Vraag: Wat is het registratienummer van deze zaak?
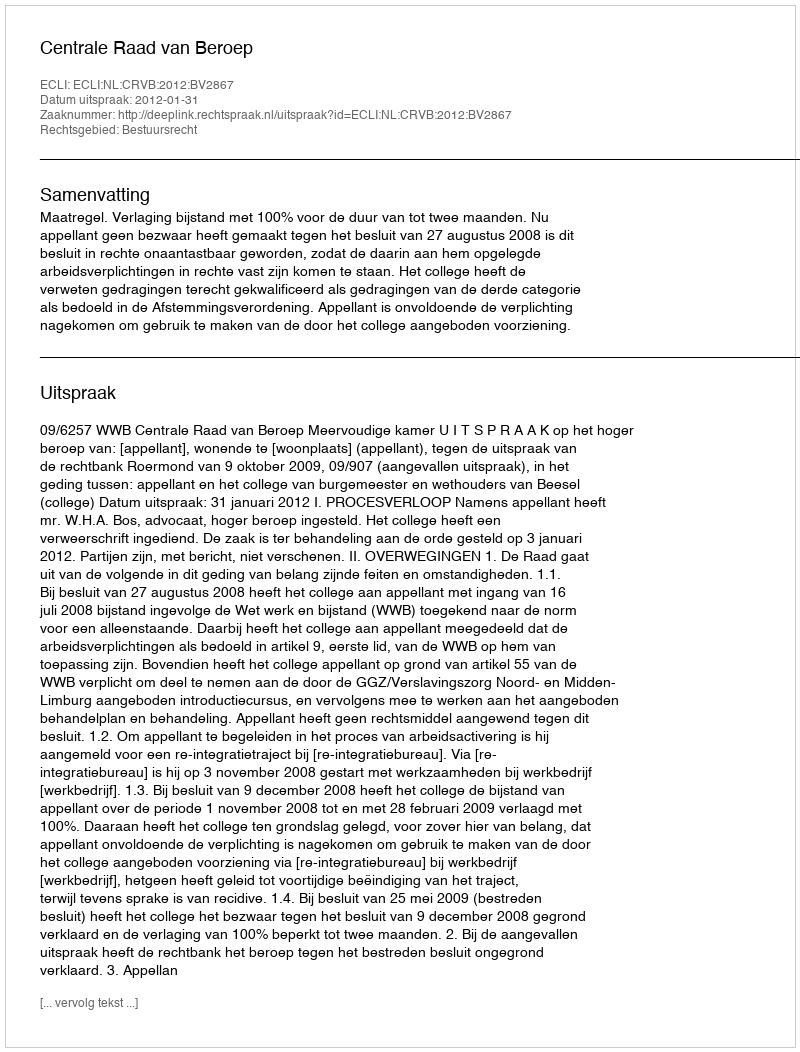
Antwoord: http://deeplink.rechtspraak.nl/uitspraak?id=ECLI:NL:CRVB:2012:BV2867